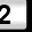
Digit: 2